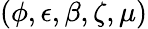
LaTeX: (\phi,\epsilon,\beta,\zeta,\mu)